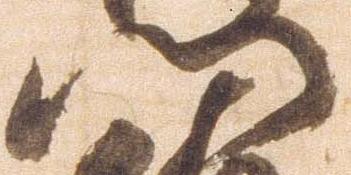
門